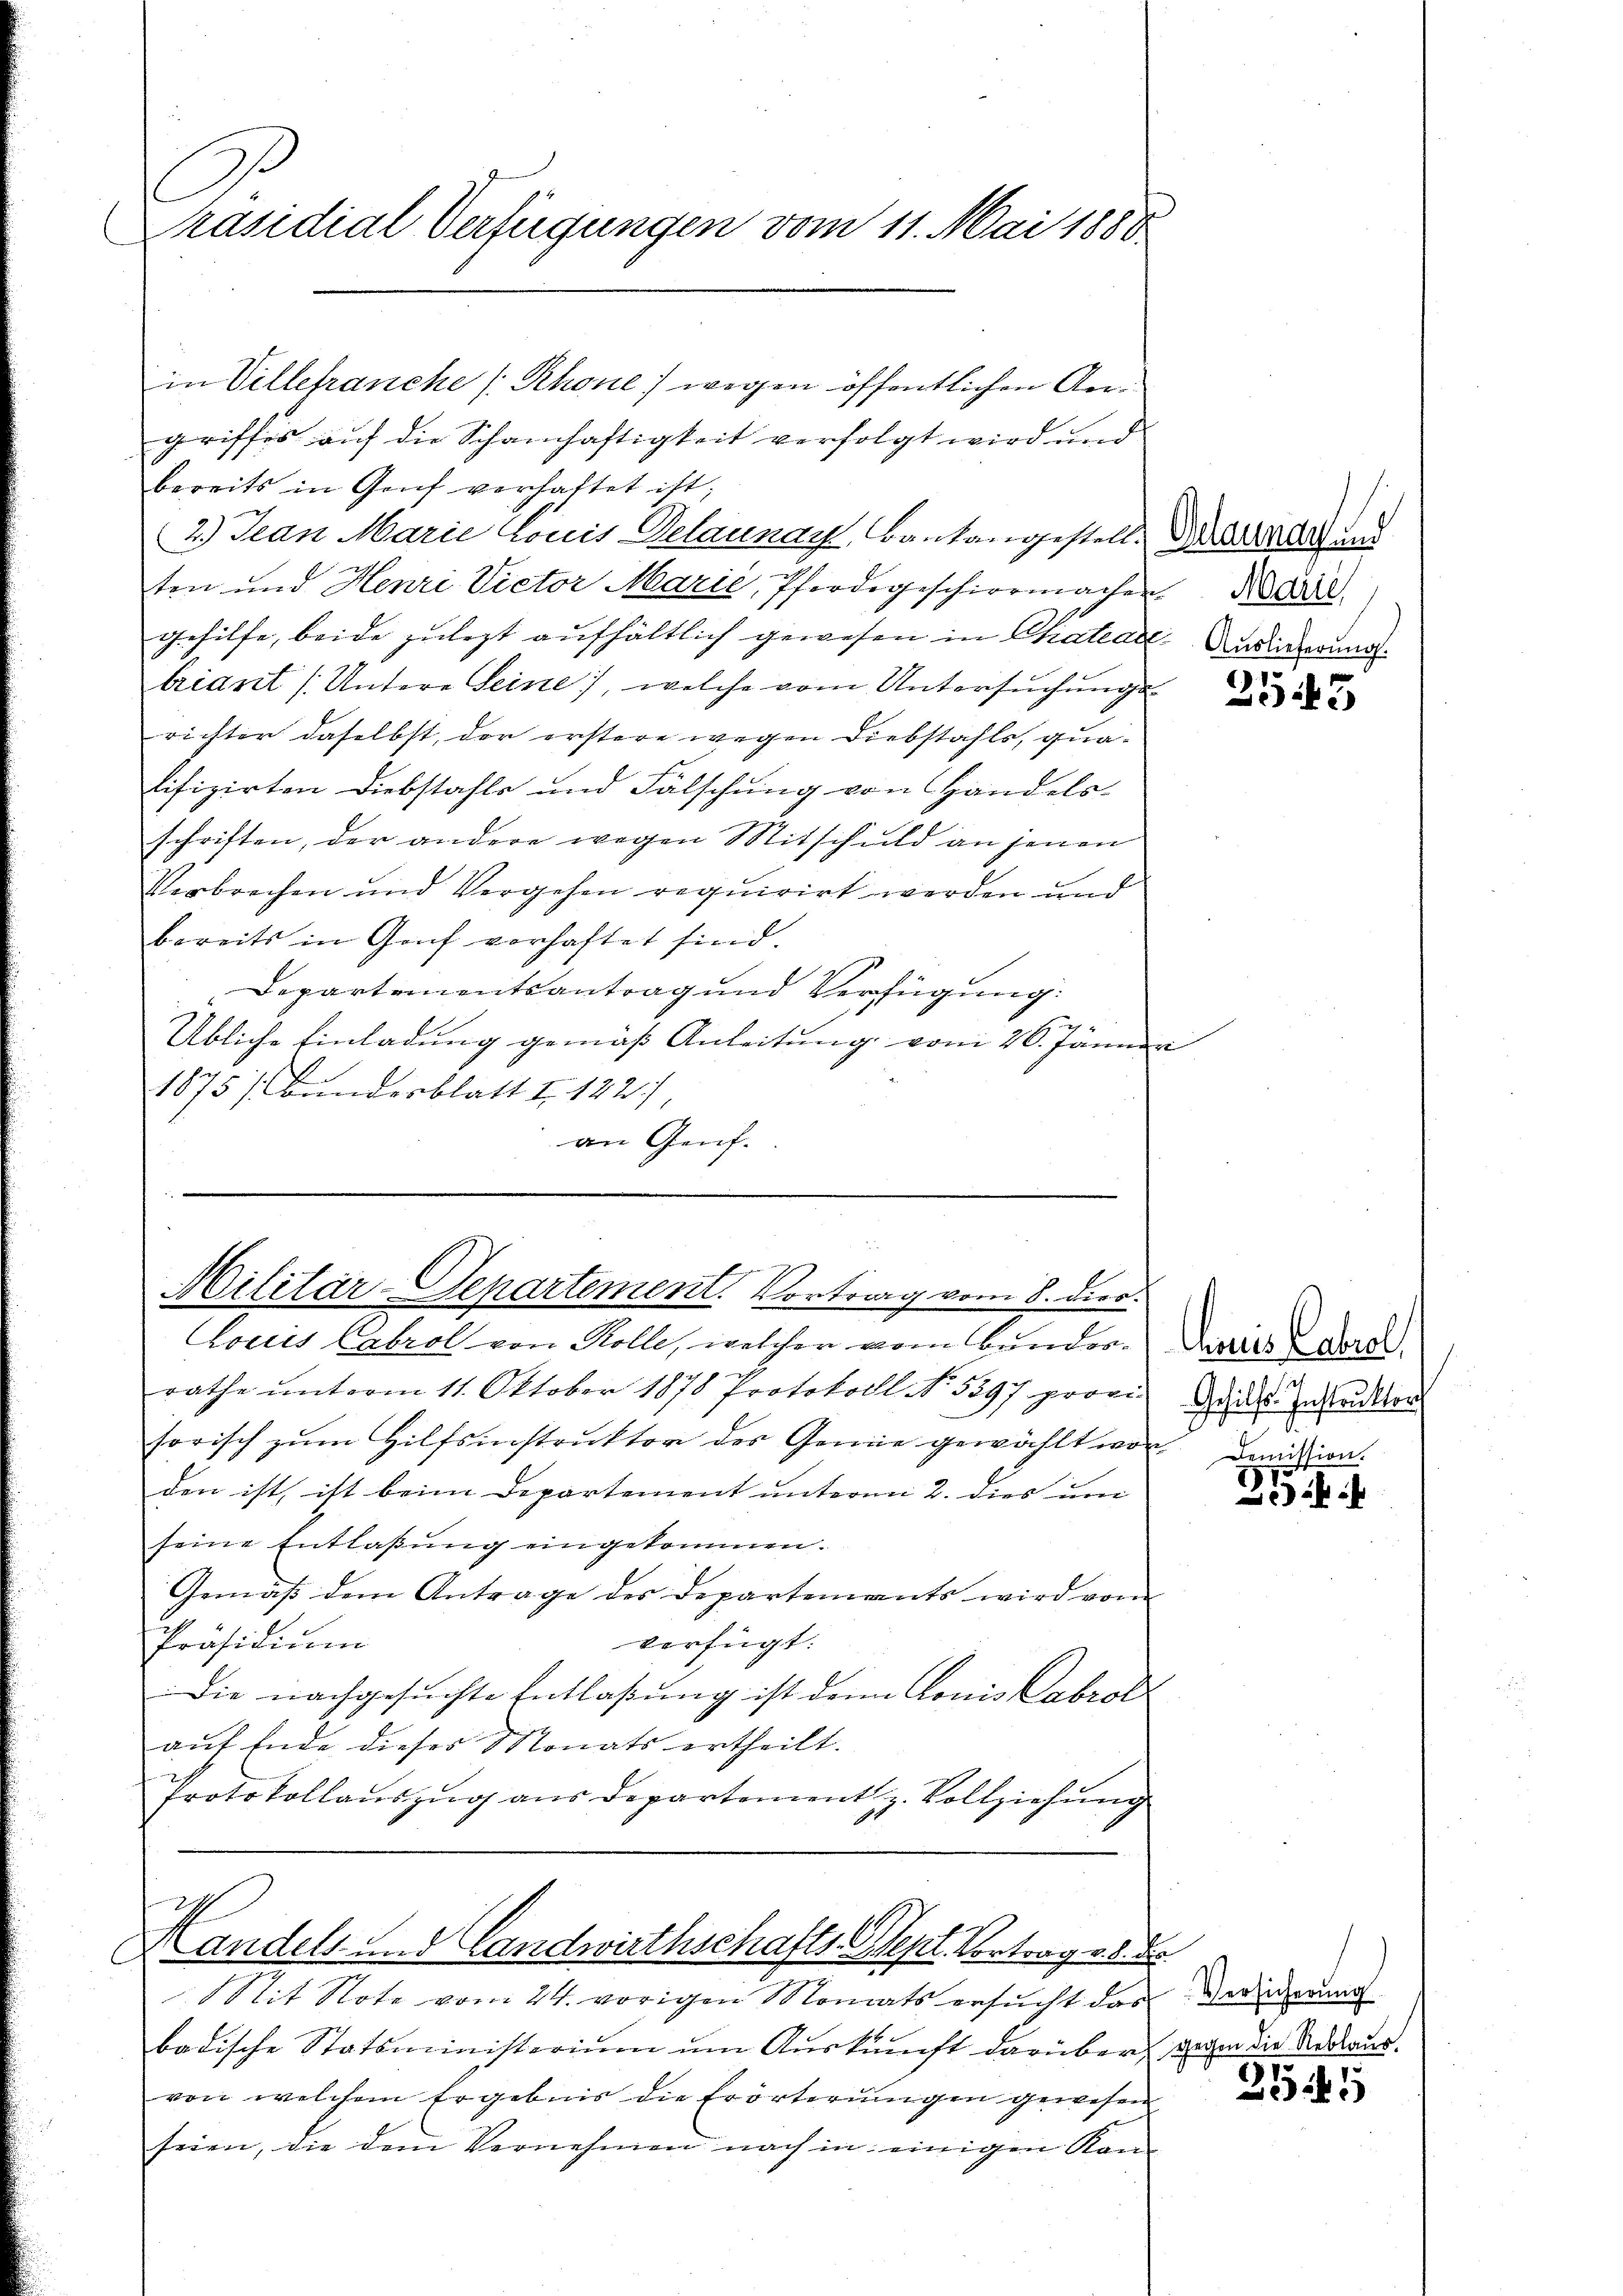
Präsidial Verfügungen vom 11. Mai 1888
l

griffes auf die Schamhaftigkeit verfolgt wird und
bereits in Genf verhaltet ist;
2.) Jean Marie Louis Delaunay, Bantangestell. Daran und
ten und Henri Victor Marie, Pferdegeschiermachen. Medail
gehilfe, beide zulezt aufhältlich gewesen in Chatea Mariangung.
briant (Untere Seine, welche vom Untersuchungs
richter daselbst, der erstere wegen Diebstahls, qualifizirten Diebstahls und Fälschung von Handels-
schriften, der andere wegen Mitschuld an jenen
Verbrechen und Vergehen requirirt werden und
bereits in Graf vorhaftet sind.
Departementsantrag und Verfügung:
Übliche Einladung gemäß Anleitung vom 26. Jänner
1875 / bandesblatt I 122)
an Genf.

in Villetranche (Rhone) wegen öffentlichen Aer¬

Militär-Departement. Vortrag vom 8. Dier.
Louis Cabrol von Kolle, welcher vom Bunder¬

rathe unterm 11. Oktober 1878 Protokoll No 5397 provi
sorisch zum Hilfsinstruktor des Genie gewählt wor
den ist, ist beim Departement unterm 2. dies um
seine Entlassŭng eingekommen.
Gemäß dem Antrage des Departements wird vom
verfügt:
Präsidiŭm
Die nachgesuchte Entlaßung ist denn konis Cabrod
aŭf Ende dieses Monats ertheilt.
Protokollaŭszŭg aŭs departement z. Vollziehŭng
Handels- u. Landwirthschafts Sept. Vortrag v. 8. d.
Sit Note vom 24. vorigen Monats ersucht das
badische Statsministerium um Auskunft darüber, wem die Andaus.
von welchem Ergebnis die Erörterungen gewesen
seien, die dem Vernehmen nach in einigen Kan¬

255

Auis Cabrol
Gehilfs-Instruktor
Demission.

Versicherung

251